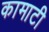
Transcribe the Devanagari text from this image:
कामाटी